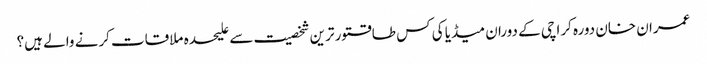
عمران خان دورہ کراچی کے دوران میڈیا کی کس طاقتور ترین شخصیت سے علیحدہ ملاقات کرنے والے ہیں؟